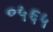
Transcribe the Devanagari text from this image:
०५६५